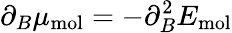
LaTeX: \partial_{B}\mu_{\mathrm{mol}}=-\partial_{B}^{2}E_{\mathrm{mol}}